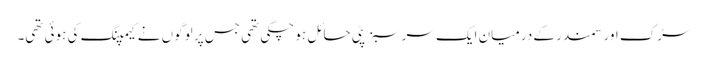
سڑک اور سمندر کے درمیان ایک سرسبز پٹی حائل ہو چکی تھی جس پر لوگوں نے کیمپنگ کی ہوئی تھی۔